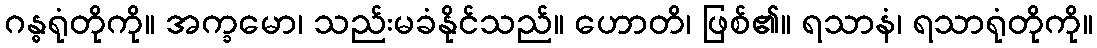
ဂန္ဓရုံတိုကို။ အက္ခမော၊ သည်းမခံနိုင်သည်။ ဟောတိ၊ ဖြစ်၏။ ရသာနံ၊ ရသာရုံတိုကို။